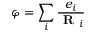
\varphi = \sum _ { i } \frac { e _ { i } } { \textbf { R } _ { i } }